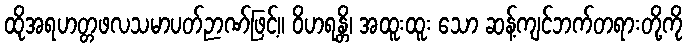
ထိုအရဟတ္တဖလသမာပတ်ဉာဏ်ဖြင့်။ ဝိဟရန္တိ၊ အထူးထူး သော ဆန့်ကျင်ဘက်တရားတို့ကို